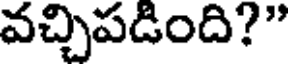
వచ్చిపడింది?"